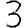
Digit: 3